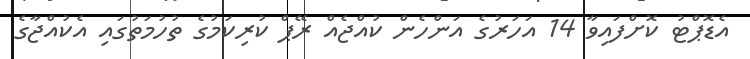
އެޑޮޕްޓު ކޮށްފައިވާ 14 އަހަރުގެ އަންހެން ކުއްޖެއް ރޭޕް ކުރިކަމުގެ ތުހުމަތުގައި އެކުއްޖާގެ